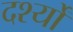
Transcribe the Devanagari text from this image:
दर्श्यों